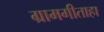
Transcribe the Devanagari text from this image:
ग्रामगीताहा